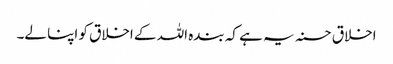
اخلاق حسنہ یہ ہے کہ بندہ اللہ کے اخلاق کو اپنا لے۔